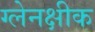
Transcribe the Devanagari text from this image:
ग्लेनक्षीक